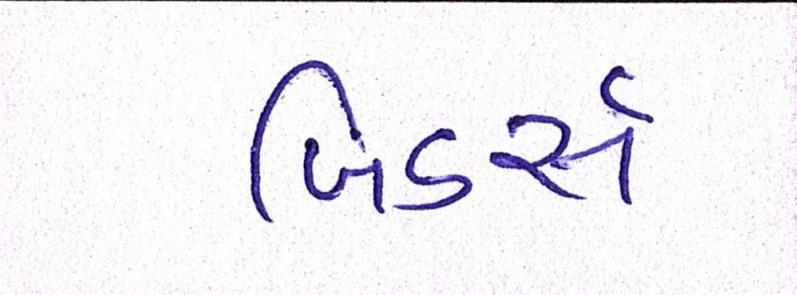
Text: બિડર્સ